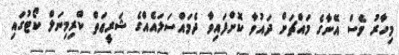
މިހާރު ވެސް އޭނާގެ މައްޗަށް ދައުވާ ކޮށްފައިވާ ދެމައްސަލައެއްގެ ޝަރީޢަތް ކްރިމިނަލް ކޯޓުގައި